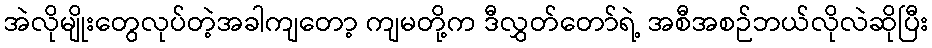
အဲလိုမျိုးတွေလုပ်တဲ့အခါကျတော့ ကျမတို့က ဒီလွှတ်တော်ရဲ့ အစီအစဉ်ဘယ်လိုလဲဆိုပြီး